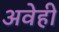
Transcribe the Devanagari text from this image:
अवेही